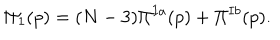
\Pi _ { 1 } ( p ) = ( N - 3 ) \Pi ^ { I a } ( p ) + \Pi ^ { I b } ( p ) .